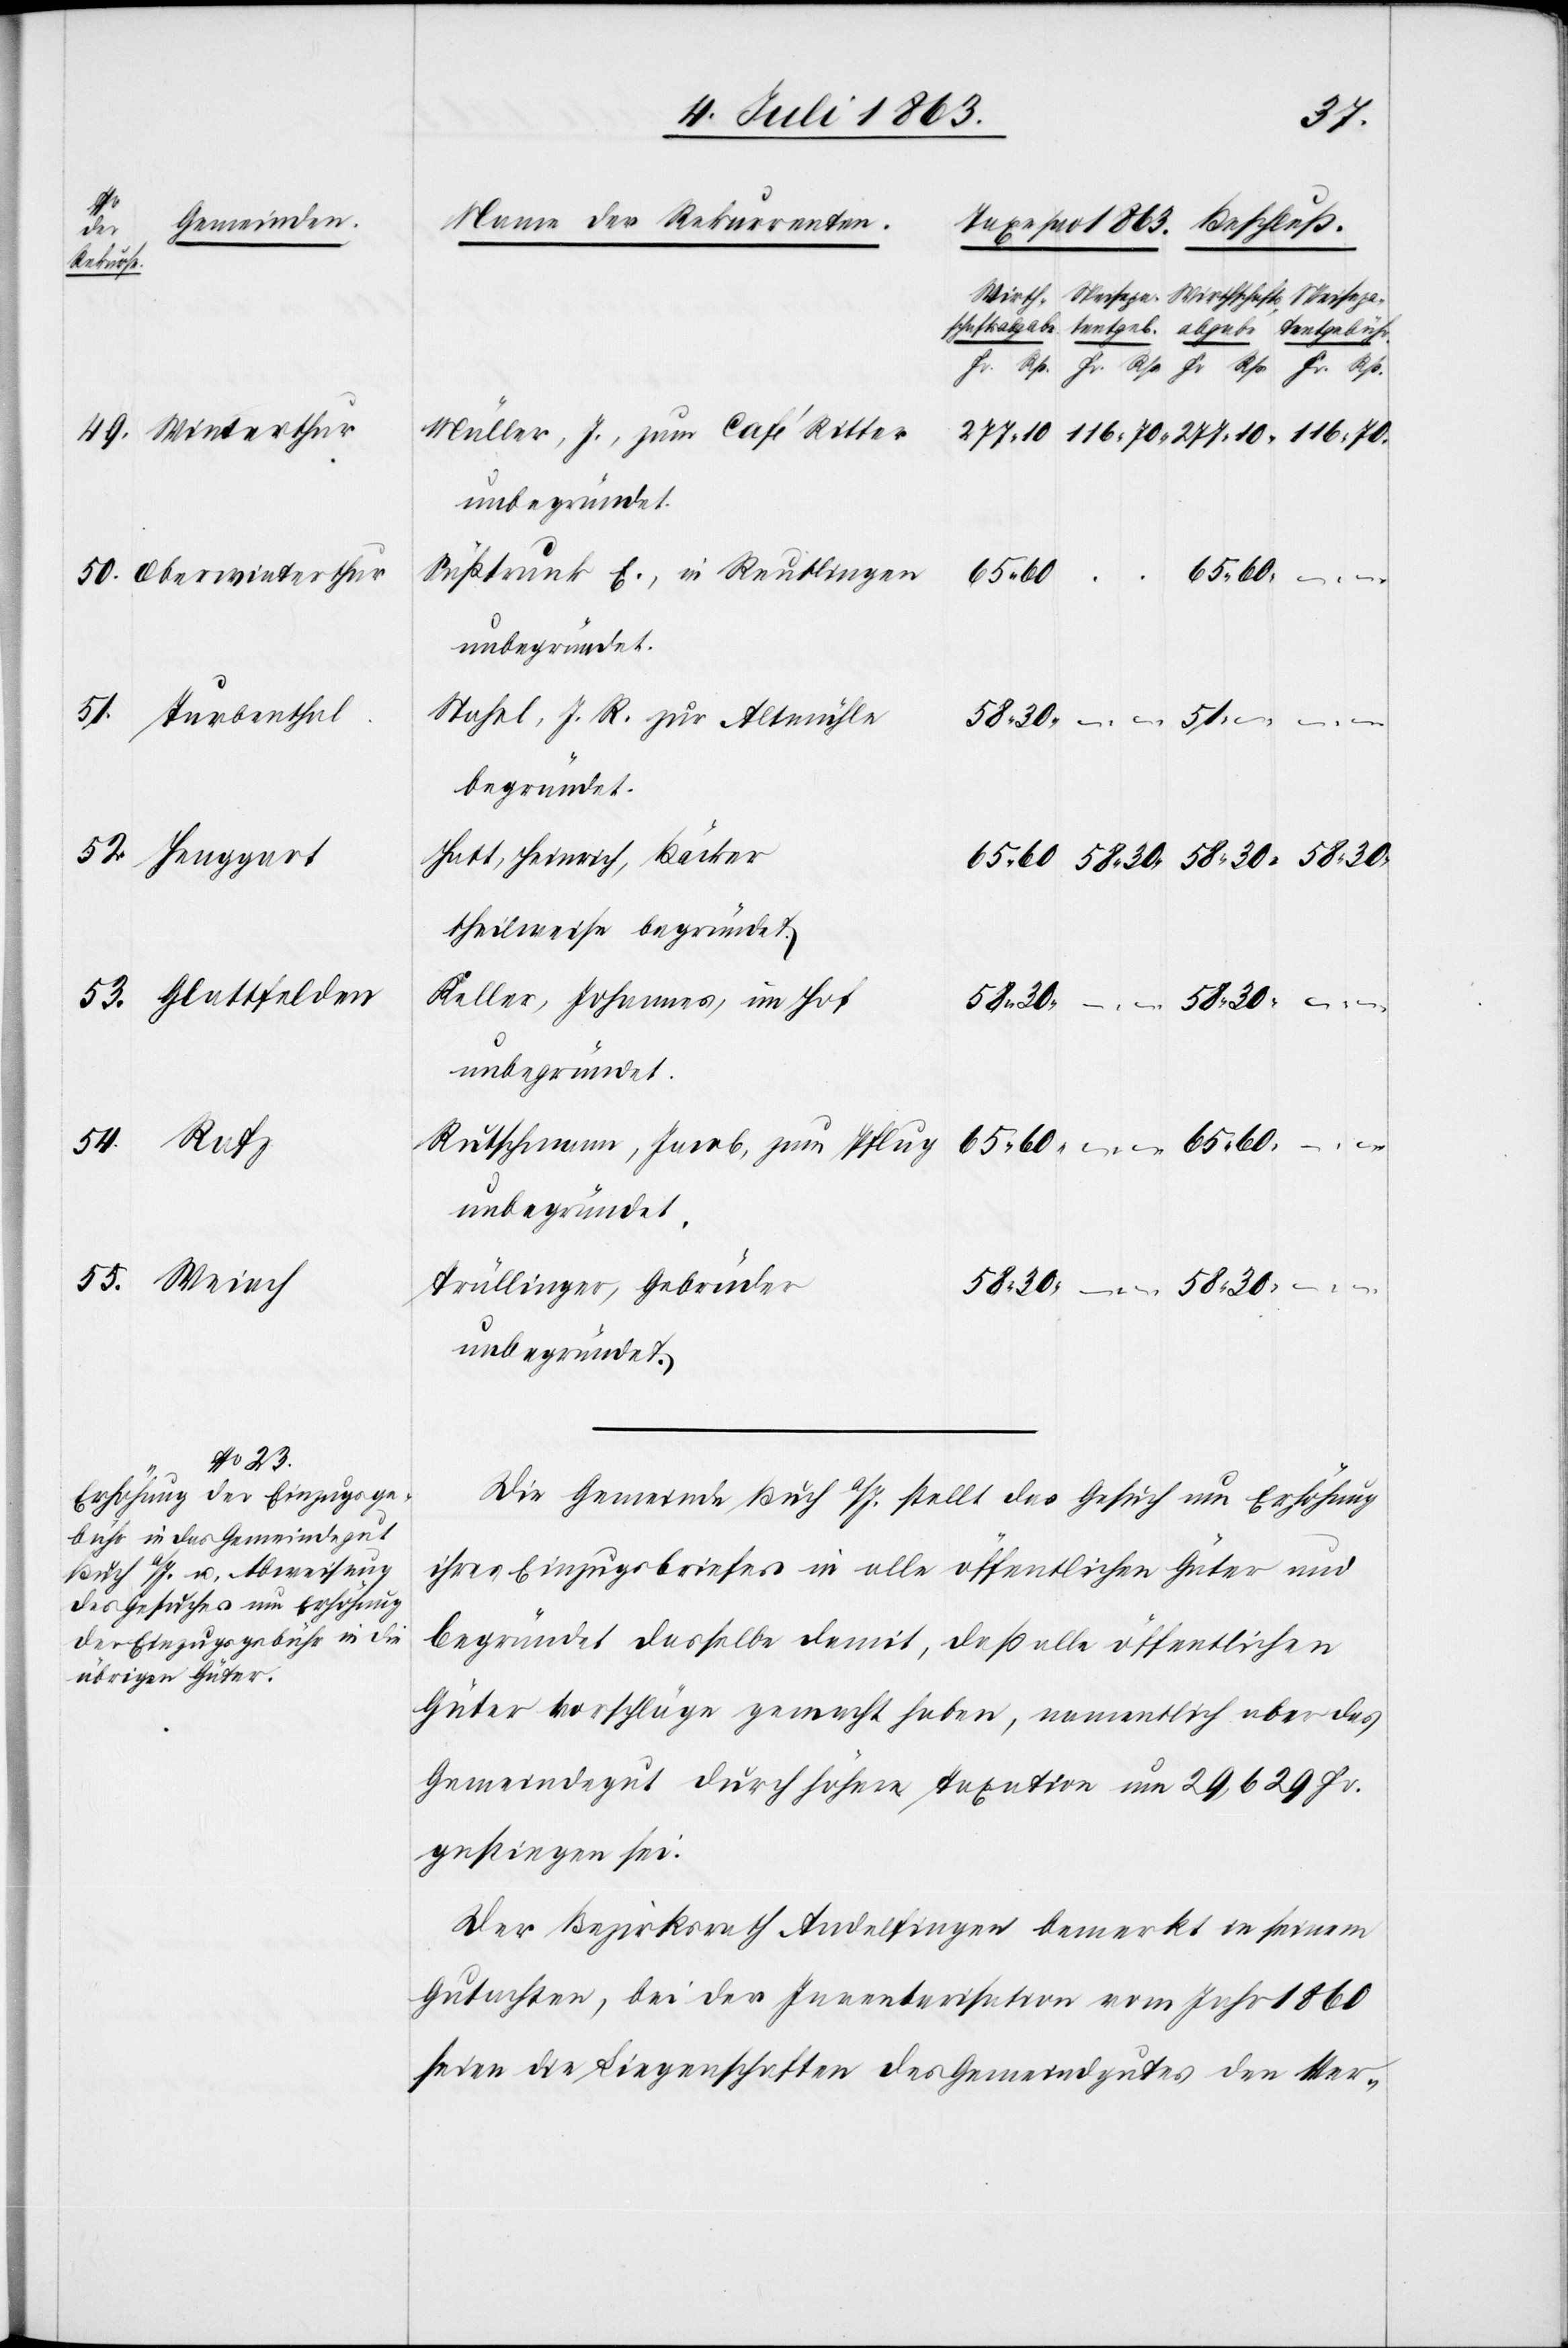
–.
Henggart
54.
Weiach

30.
Müller, J., zum Café Ritter
unbegründet.
Süßtrunk E., in Reutlingen
116.
Stahel, J. R. zur Altmühle
begründet.
Hatt, Heinrich, Bäcker
theilweise begründet.
Keller, Johannes, im Hof
Rutschmann, Jacob, zum Pflug
Trüllinger, Gebrüder
Die Gemeinde Buch a/I. stellt das Gesuch um Erhöhung
ihres Einzugsbriefes in alle öffentlichen Güter und
begründet dasselbe damit, daß alle öffentlichen
Güter Vorschläge gemacht haben, namentlich aber das
Gemeindegut durch höhere Taxation um 29,629 Fr.
gestiegen sei.
Der Bezirksrath Andelfingen bemerkt in seinem
Gutachten, bei der Inventarisation vom Jahr 1860
seien die Liegenschaften des Gemeindgutes den Ver-